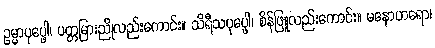
ဥမ္မာပုပ္ဖေါ၊ ပတ္တမြားညိုလည်းကောင်း။ သိရီသပုပ္ဖေါ၊ စိန်ဖြူလည်းကောင်း။ မနောဟရော၊